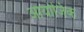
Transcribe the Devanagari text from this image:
आयोजिक